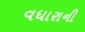
વધારાની